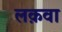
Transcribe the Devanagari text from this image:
लक़वा